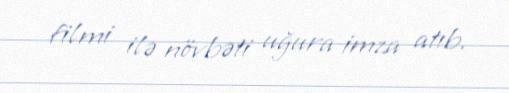
filmi ilə növbəti uğura imza atıb.